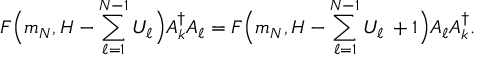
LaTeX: F \Big ( m _ { N } , H - \sum _ { \ell = 1 } ^ { N - 1 } { U } _ { \ell } \Big ) { \cal A } _ { k } ^ { \dagger } { \cal A } _ { \ell } = F \Big ( m _ { N } , H - \sum _ { \ell = 1 } ^ { N - 1 } { U } _ { \ell } \, + 1 \Big ) { \cal A } _ { \ell } { \cal A } _ { k } ^ { \dagger } .